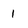
Character: 1